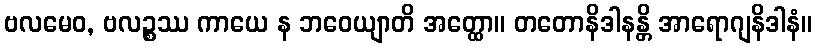
ဗလမေဝ, ဗလဉ္စဿ ကာယေ န ဘဝေယျာတိ အတ္ထော။ တတောနိဒါနန္တိ အာရောဂျနိဒါနံ။